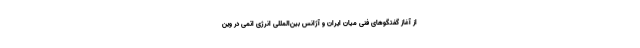
از آغاز گفتگوهای فنی میان ایران و آژانس بین‌المللی انرژی اتمی در وین